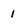
Character: 1